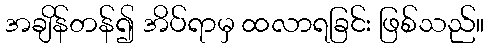
အချိန်တန်၍ အိပ်ရာမှ ထလာရခြင်း ဖြစ်သည်။